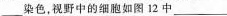
___染色，视野中的细胞如图12中___(填”A”或”B”)所示细胞为植物细胞。